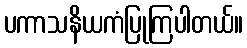
ပကာသနိယကံပြုကြပါတယ်။